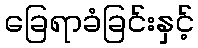
ခြေရာခံခြင်းနှင့်